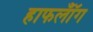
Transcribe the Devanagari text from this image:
हाफलॉँग